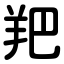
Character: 羓